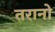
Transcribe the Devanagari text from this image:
तरानो